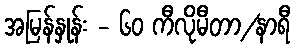
အမြန်နှုန်း - ၆၀ ကီလိုမီတာ/နာရီ